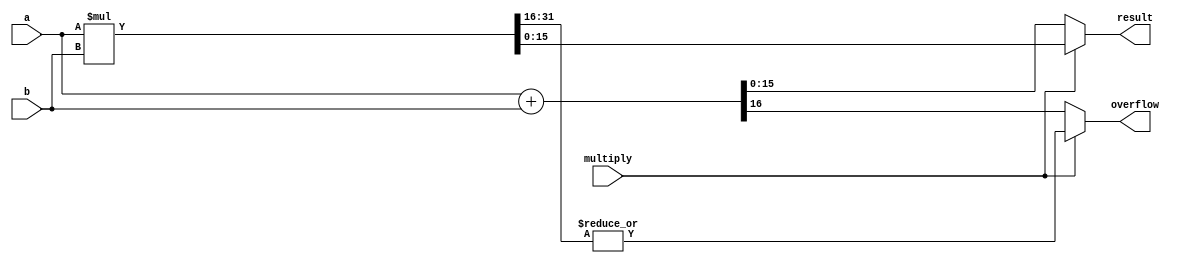
module alu
(
    input  [15:0] a,
    input  [15:0] b,
    input         multiply,
    output [15:0] result,
    output        overflow
);

    wire [16:0] result_add = a + b;
    wire [31:0] result_mul = a * b;

    assign result   = multiply ?   result_mul [15: 0] : result_add [15:0];
    assign overflow = multiply ? | result_mul [31:16] : result_add [16];

endmodule